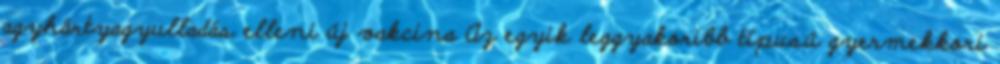
agyhártyagyulladás elleni új vakcina Az egyik leggyakoribb típusú gyermekkori